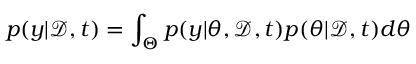
p ( y | \mathcal { D } , t ) = \int _ { \Theta } p ( y | \theta , \mathcal { D } , t ) p ( \theta | \mathcal { D } , t ) d \theta